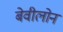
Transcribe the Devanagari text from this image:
बेवीलोन